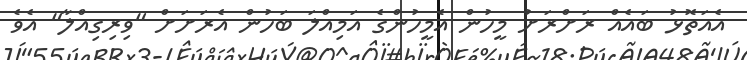
އެއަތޮޅު ބައެއް ރަށްރަށު މީހުން އެމީހުންގެ އަމިއްލަ ބަހުން އެރަށަށް "ވިރިގިއްލާ" އެވެ